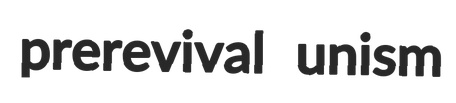
prerevival unism